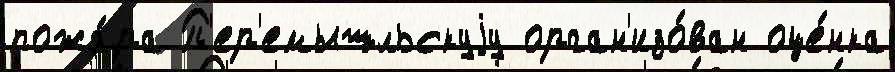
пожа́ра П'ер'емышльскуjу орган'изо́ван оце́нка